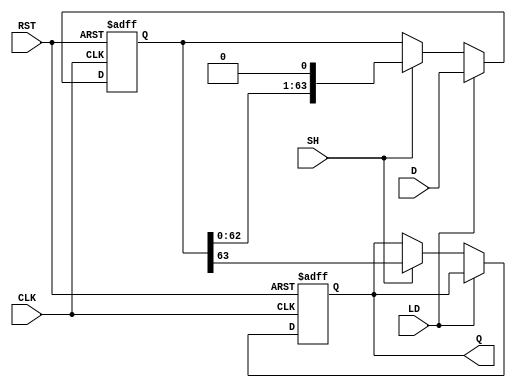
module piso_register (
    input wire [63:0] D,    // 64-bit parallel input data
    input wire LD,          // Load signal
    input wire SH,          // Shift signal
    input wire CLK,         // Clock signal
    input wire RST,         // Asynchronous reset
    output reg Q            // Serial output
);
    
    reg [63:0] shift_reg;   // 64-bit shift register

    // Asynchronous Reset and Data Loading / Shifting
    always @(posedge CLK or posedge RST) begin
        if (RST) begin
            // Reset the shift register
            shift_reg <= 64'b0;
            Q <= 1'b0;
        end else begin
            if (LD) begin
                // Load the input data into the shift register
                shift_reg <= D;
            end else if (SH) begin
                // Shift the data out serially
                Q <= shift_reg[63];  // Output the MSB
                shift_reg <= {shift_reg[62:0], 1'b0}; // Shift left
            end
        end
    end
        
endmodule